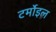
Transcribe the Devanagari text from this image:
टर्मोइल